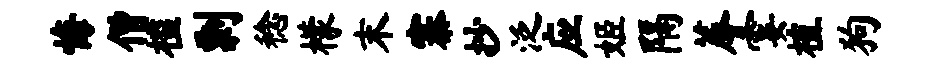
悔僧槛剽稔檬末寨抄泛应姬隔蓐霎植狗